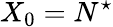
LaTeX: X_{0}=N^{\star}